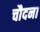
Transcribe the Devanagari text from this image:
चौदना